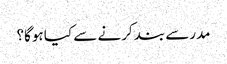
مدرسے بند کرنے سے کیا ہوگا؟